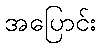
အပြောင်း